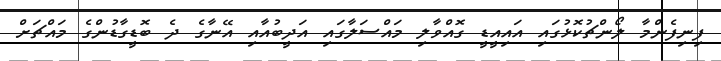
ފިނިފެންމާ ލޯންޗުކޮޅުގައި އައިއީޑީ ގޮއްވާލި މައްސަލާގައި އަދީބުއާއި އޭނާގެ ދެ ބޮޑީގާޑުންގެ މައްޗަށް